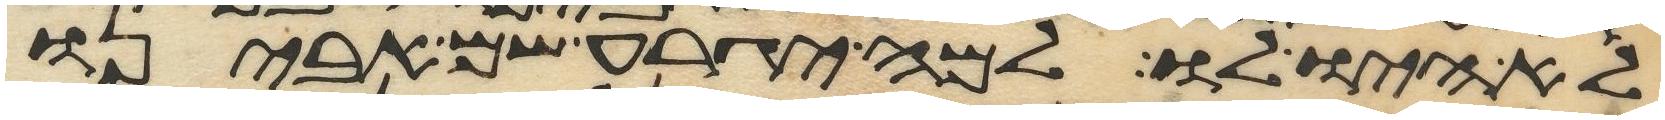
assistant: לא היה לו למה יגרע שם אבינו